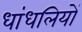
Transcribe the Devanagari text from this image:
धांधलियों